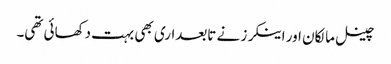
چینل مالکان اور اینکرز نے تابعداری بھی بہت دکھائی تھی۔